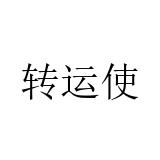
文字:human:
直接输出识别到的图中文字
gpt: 转运使